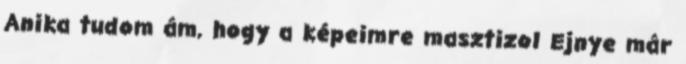
Anika tudom ám, hogy a képeimre masztizol Ejnye már